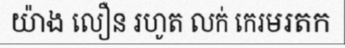
យ៉ាង លឿន រហូត លក់ កេរមរតក